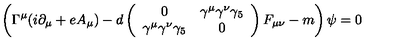
\left( \Gamma ^ { \mu } ( i \partial _ { \mu } + e A _ { \mu } ) - d \left( \begin{array} { c c } { 0 } & { \gamma ^ { \mu } \gamma ^ { \nu } \gamma _ { 5 } } \\ { \gamma ^ { \mu } \gamma ^ { \nu } \gamma _ { 5 } } & { 0 } \\ \end{array} \right) F _ { \mu \nu } - m \right) \psi = 0